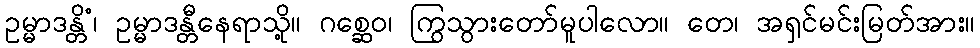
ဥမ္မာဒန္တိံ၊ ဥမ္မာဒန္တီနေရာသို့။ ဂစ္ဆေဝ၊ ကြွသွားတော်မူပါလော။ တေ၊ အရှင်မင်းမြတ်အား။